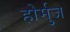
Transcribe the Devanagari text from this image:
होर्मुज